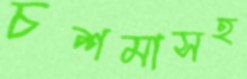
চশমাসহ